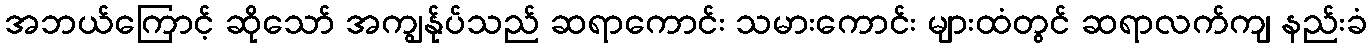
အဘယ်ကြောင့် ဆိုသော် အကျွန်ုပ်သည် ဆရာကောင်း သမားကောင်း များထံတွင် ဆရာလက်ကျ နည်းခံ